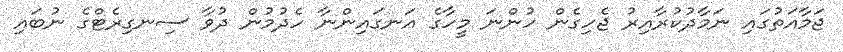
ޖަމާއަތުގައި ނަމާދުކުރާއިރު ޖެހިގެން ހުންނަ މީހާގެ އަނގައިންނާ ހެދުމުން ދުވާ ސިނގިރެޓްގެ ނުބައި